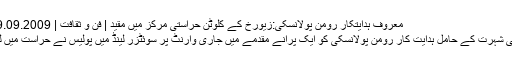
معروف ہدایتکار رومن پولانسکی:زیورخ کے کلوٹن حراستی مرکز میں مقید | فن و ثقافت | DW | 29.09.2009
بین الاقوامی شہرت کے حامل ہدایت کار رومن پولانسکی کو ایک پرانے مقدمے میں جاری وارنٹ پر سوئٹزر لینڈ میں پولیس نے حراست میں لے لیا ہے۔